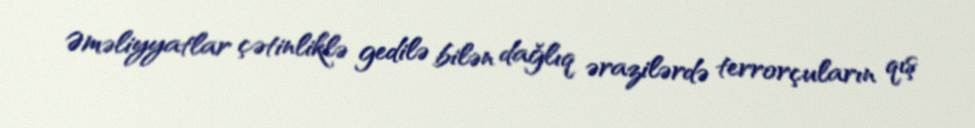
Əməliyyatlar çətinliklə gedilə bilən dağlıq ərazilərdə terrorçuların qış